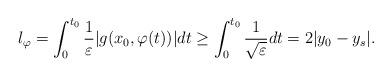
LaTeX: \begin{align*}l_{\varphi}=\int_{0}^{t_{0}}\frac{1}{\varepsilon}|g(x_{0},\varphi(t))|dt\geq\int_{0}^{t_{0}}\frac{1}{\sqrt{\varepsilon}}dt=2|y_{0}-y_{s}|.\end{align*}